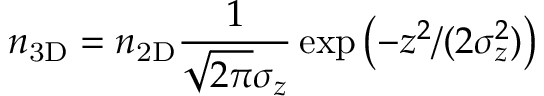
n _ { \mathrm { 3 D } } = n _ { \mathrm { 2 D } } \frac { 1 } { \sqrt { 2 \pi } \sigma _ { z } } \exp \left( - z ^ { 2 } / ( 2 \sigma _ { z } ^ { 2 } ) \right)